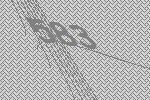
583